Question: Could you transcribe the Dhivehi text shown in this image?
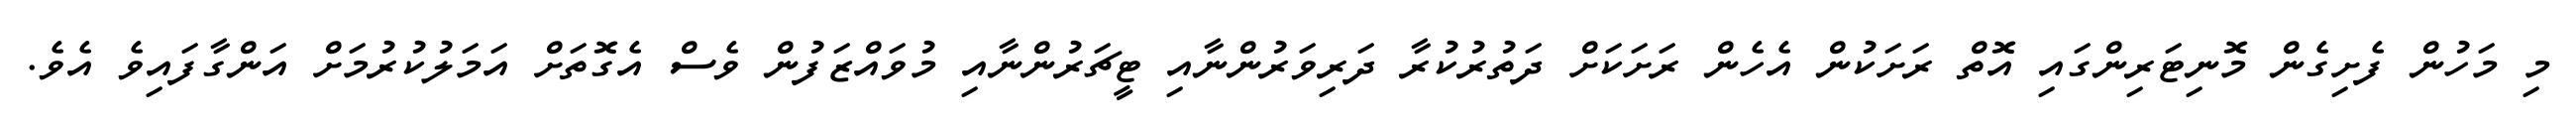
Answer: މި މަހުން ފެށިގެން މޮނިޓަރިންގައި އޮތް ރަށަކުން އެހެން ރަށަކަށް ދަތުރުކުރާ ދަރިވަރުންނާއި ޓީޗަރުންނާއި މުވައްޒަފުން ވެސް އެގޮތަށް އަމަލުކުރުމަށް އަންގާފައިވެ އެވެ.